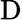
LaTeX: \textrm{D}